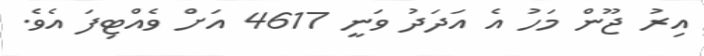
އިރު ޖޫން މަހު އެ އަދަދު ވަނީ 4617 އަށް ވެއްޓިފަ އެވެ.